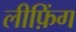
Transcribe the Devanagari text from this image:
लीफ़िंग